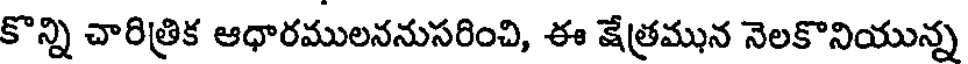
కొన్ని చారిత్రిక ఆధారములననుసరించి, ఈ క్షేత్రమున నెలకొనియున్న